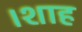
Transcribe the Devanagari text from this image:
।शाह